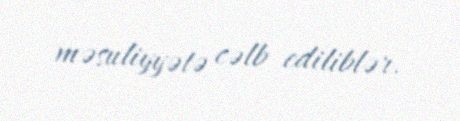
məsuliyyətə cəlb ediliblər.